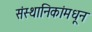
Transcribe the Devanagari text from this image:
संस्थानिकांमधून